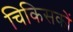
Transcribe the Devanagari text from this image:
चिकिसकों